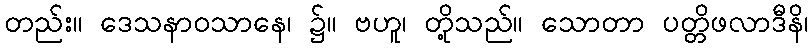
တည်း။ ဒေသနာဝသာနေ၊ ၌။ ဗဟူ၊ တို့သည်။ သောတာ ပတ္တိဖလာဒီနိ၊